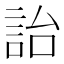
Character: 詒